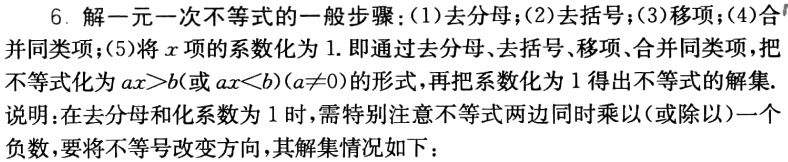
6. 解一元一次不等式的一般步骤：(1)去分母；(2)去括号；(3)移项；(4)合

并同类项；(5)将\(x\)项的系数化为 1. 即通过去分母、去括号、移项、合并同类项，把

不等式化为 \(ax>b\)(或 \(ax<b\))(\(a\neq0\))的形式，再把系数化为 1 得出不等式的解集.

说明：在去分母和化系数为 1 时，需特别注意不等式两边同时乘以(或除以)一个

负数，要将不等号改变方向，其解集情况如下：